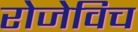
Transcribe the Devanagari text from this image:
रोजेविच